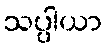
သပ္ပါယာ